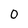
Character: 0